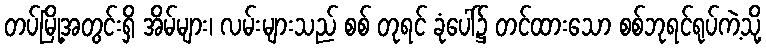
တပ်မြို့အတွင်းရှိ အိမ်များ၊ လမ်းများသည် စစ် တုရင် ခုံပေါ်၌ တင်ထားသော စစ်ဘုရင်ရုပ်ကဲ့သို့